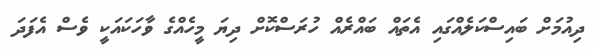
ދިއުމަށް ބައިސްކަލެއްގައި އެތައް ބައްރެއް ހުރަސްކޮށް ދިޔަ މީހެއްގެ ވާހަކައަކީ ވެސް އެފަދަ